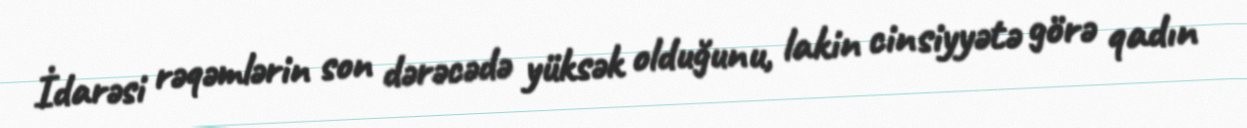
İdarəsi rəqəmlərin son dərəcədə yüksək olduğunu, lakin cinsiyyətə görə qadın